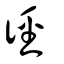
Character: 徑